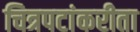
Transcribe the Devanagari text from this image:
चित्रपटांकरीता